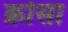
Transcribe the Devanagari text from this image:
क्रोसा